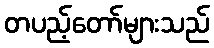
တပည့်တော်များသည်